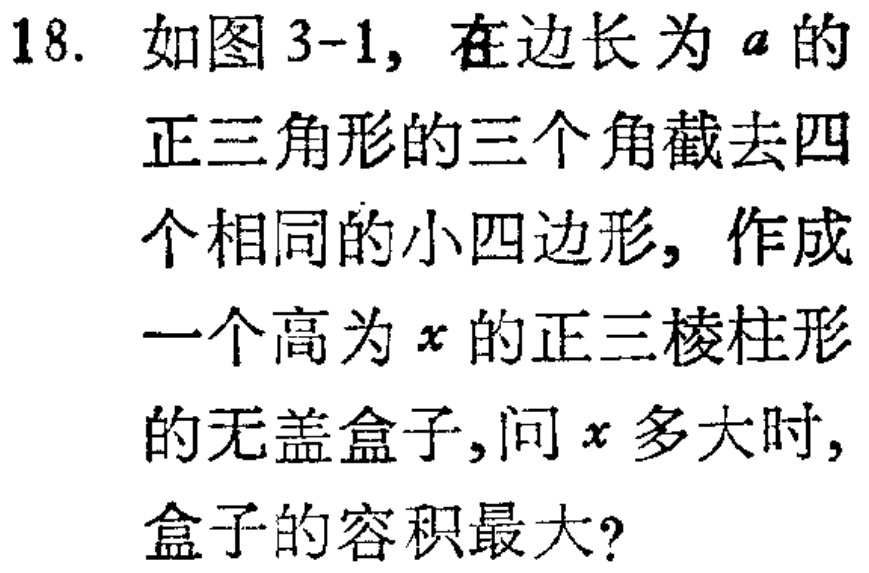
18. 如图3-1，在边长为\(a\)的正三角形的三个角截去四个相同的小四边形，作成一个高为\(x\)的正三棱柱形的无盖盒子，问\(x\)多大时，盒子的容积最大？